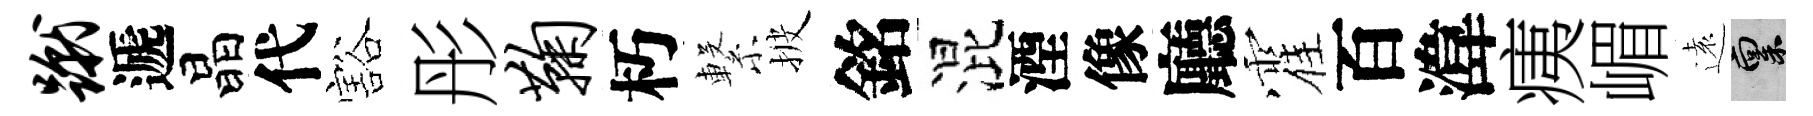
蹴遞晶代豁彤鞠朽繋披銘混湮像廳霍百湋痍嵋遠禀